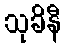
သုခိနီ